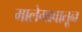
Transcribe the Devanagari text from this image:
मालेगावातून